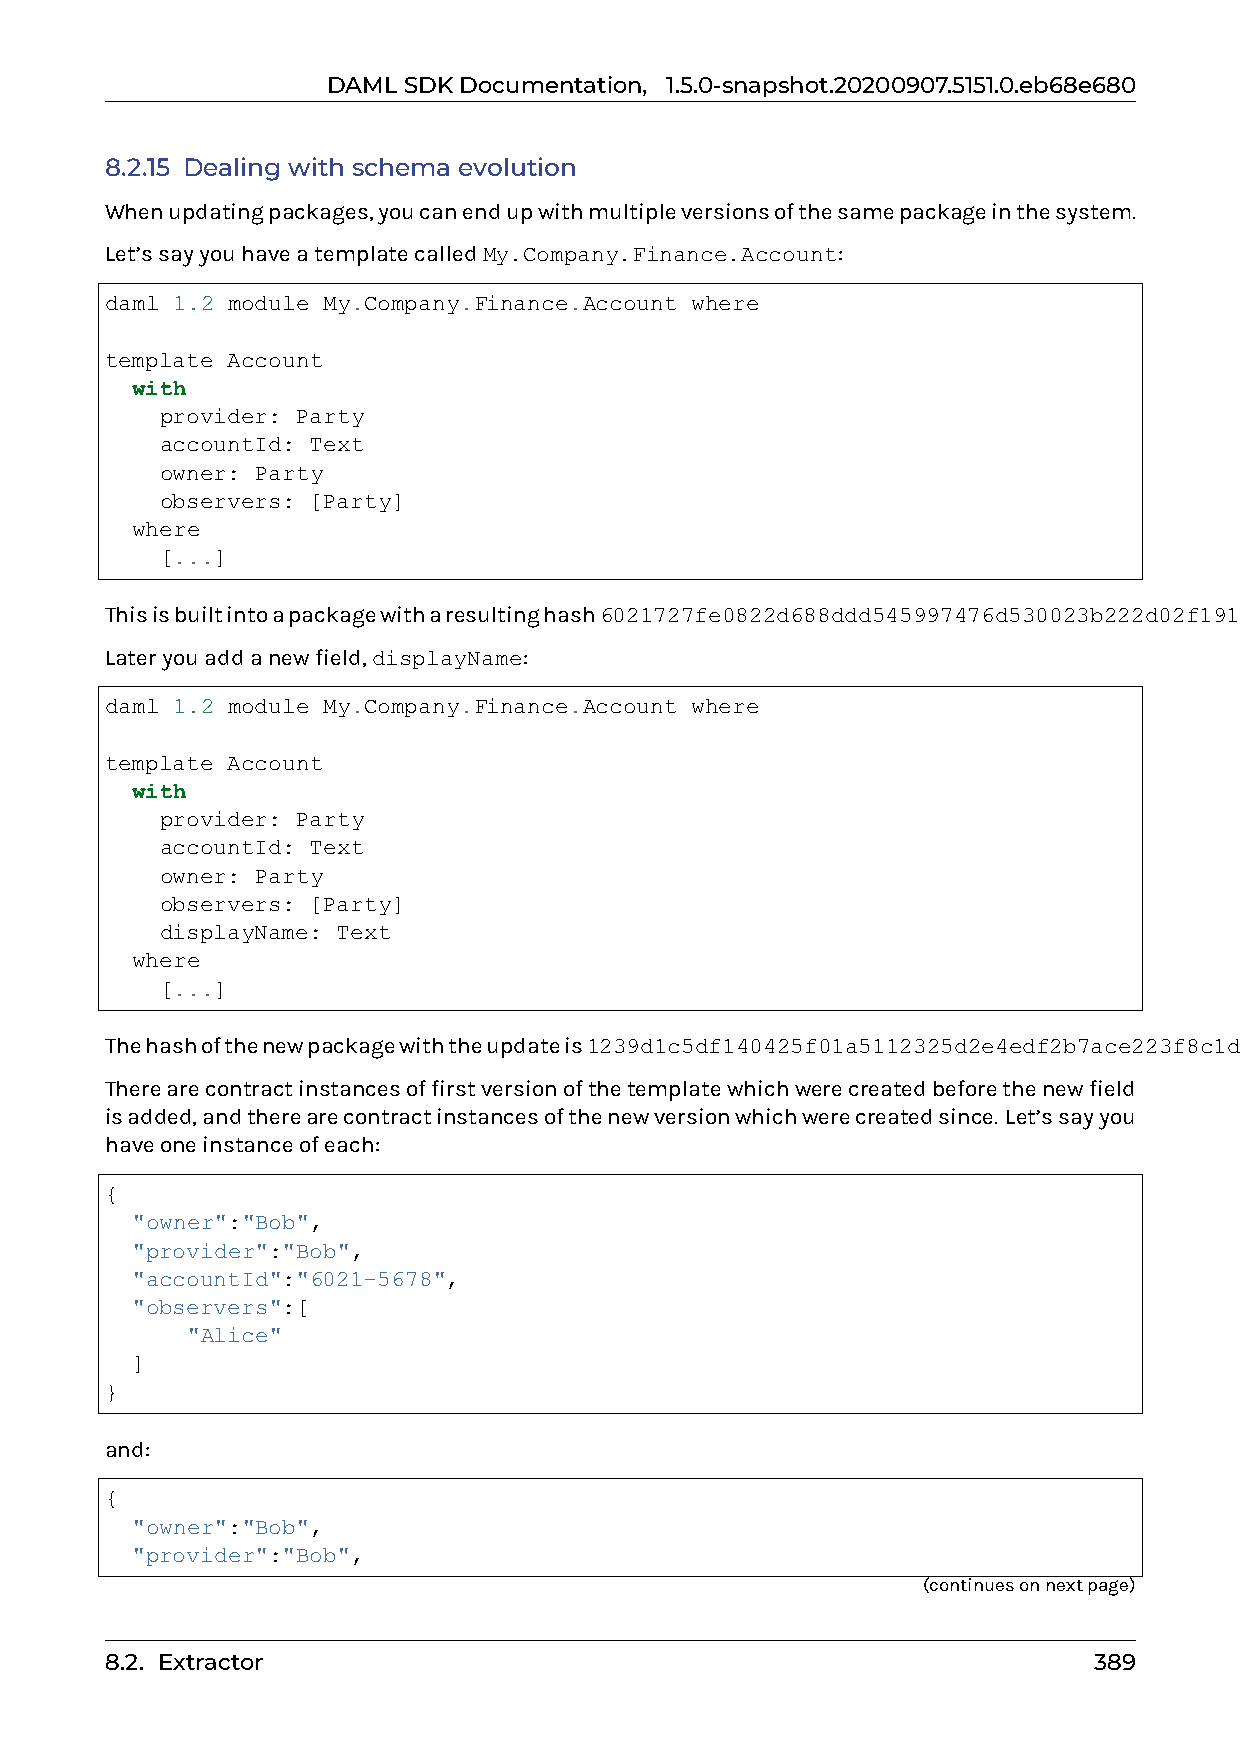
DAMLSDKDocumentation, 1.5.0-snapshot.20200907.5151.0.eb68e680
 8.2.15 Dealing with schema evolution
 Whenupdatingpackages,youcanendupwithmultipleversionsofthesamepackageinthesystem.
 Let’ssayyouhaveatemplatecalledMy.Company.Finance.Account:
 daml 1.2 module My.Company.Finance.Account where
 template Account
 with
 provider: Party
 accountId: Text
 owner: Party
 observers: [Party]
 where
 [...]
 Thisisbuiltintoapackagewitharesultinghash6021727fe0822d688ddd545997476d530023b222d02f1919567bd82b205a5ce3.
 Lateryouaddanewfield,displayName:
 daml 1.2 module My.Company.Finance.Account where
 template Account
 with
 provider: Party
 accountId: Text
 owner: Party
 observers: [Party]
 displayName: Text
 where
 [...]
 Thehashofthenewpackagewiththeupdateis1239d1c5df140425f01a5112325d2e4edf2b7ace223f8c1d2ebebe76a8ececfe.
 Therearecontractinstancesoffirstversionofthetemplatewhichwerecreatedbeforethenewfield
 isadded,andtherearecontractinstancesofthenewversionwhichwerecreatedsince. Let’ssayyou
 haveoneinstanceofeach:
 {
 "owner":"Bob",
 "provider":"Bob",
 "accountId":"6021-5678",
 "observers":[
 "Alice"
 ]
 }
 and:
 {
 "owner":"Bob",
 "provider":"Bob",
 (continuesonnextpage)
 8.2. Extractor                                                   389